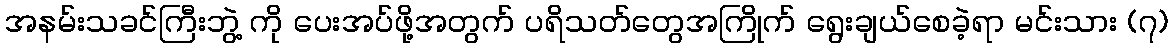
အနမ်းသခင်ကြီးဘွဲ့ ကို ပေးအပ်ဖို့အတွက် ပရိသတ်တွေအကြိုက် ရွေးချယ်စေခဲ့ရာ မင်းသား (၇)